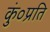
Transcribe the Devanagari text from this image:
कुं०प्रति